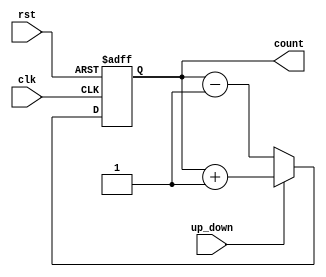
module up_down_counter (
    input wire clk,
    input wire rst,
    input wire up_down,
    output reg [3:0] count
);

always @(posedge clk or posedge rst) begin
    if (rst) begin
        count <= 4'b0000;
    end else if (up_down) begin
        count <= count + 1;
    end else begin
        count <= count - 1;
    end
end

endmodule